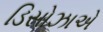
ડિસોઝાએ